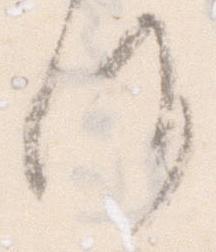
候